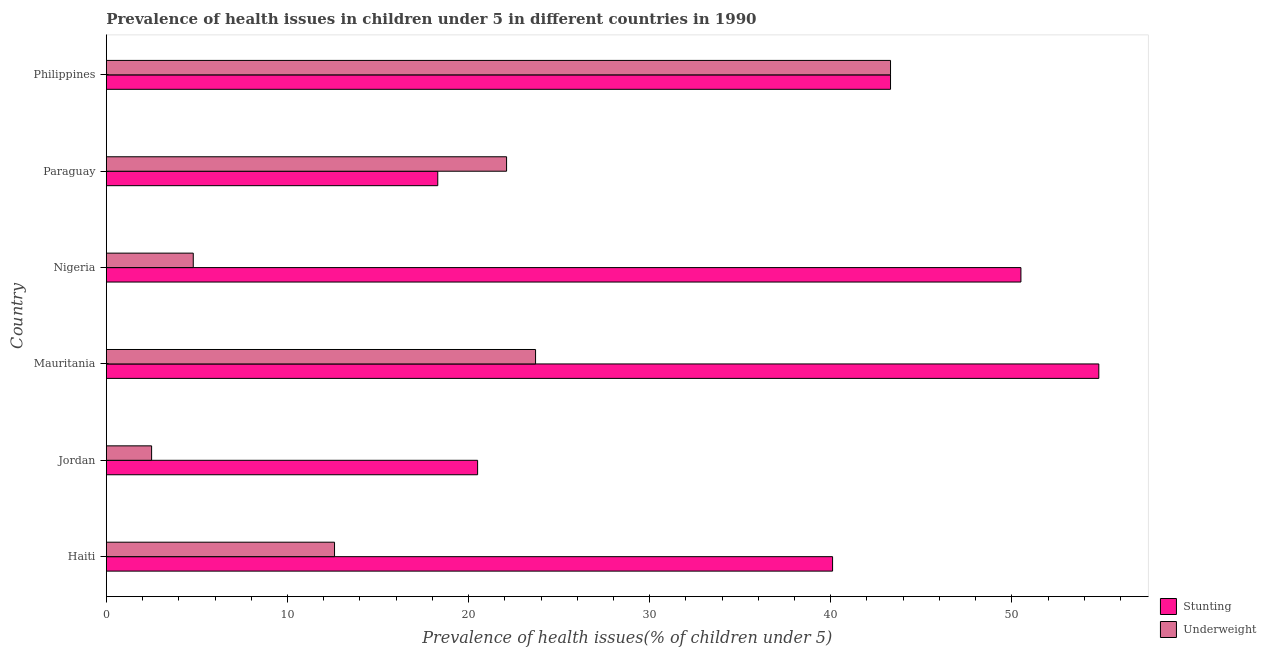
| Country | Stunting | Underweight |
 | --- | --- | --- |
 | Haiti | 40.1 | 12.6 |
 | Jordan | 20.5 | 2.5 |
 | Mauritania | 54.8 | 23.7 |
 | Nigeria | 50.5 | 4.8 |
 | Paraguay | 18.3 | 22.1 |
 | Philippines | 43.3 | 43.3 |